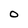
Character: O